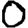
Digit: 0